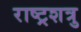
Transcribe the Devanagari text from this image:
राष्ट्रशत्रु